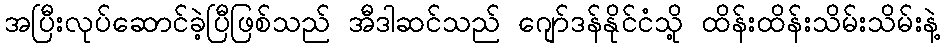
အပြီးလုပ်ဆောင်ခဲ့ပြီဖြစ်သည် အီဒါဆင်သည် ဂျော်ဒန်နိုင်ငံသို့ ထိန်းထိန်းသိမ်းသိမ်းနဲ့